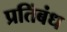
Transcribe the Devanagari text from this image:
प्रतिंबंध